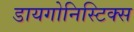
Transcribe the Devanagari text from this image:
डायगोनिस्टिक्‍स